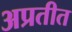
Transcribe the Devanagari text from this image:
अप्रतीत